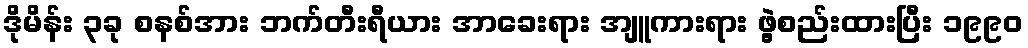
ဒိုမိန်း ၃ခု စနစ်အား ဘက်တီးရီယား အာခေးရား အျူကားရား ဖွဲ့စည်းထားပြီး ၁၉၉၀